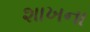
શાખના